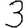
Digit: 3